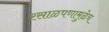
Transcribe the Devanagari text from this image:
रसाळपणामुळेच